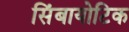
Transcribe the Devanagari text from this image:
सिंबायोटिक